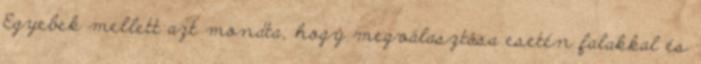
Egyebek mellett azt mondta, hogy megválasztása esetén falakkal és